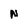
Character: N